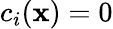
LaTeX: c_{i}(\mathbf{x})=0